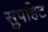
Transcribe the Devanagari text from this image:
सुपहिट